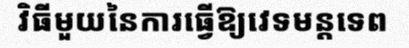
វិធីមួយនៃការធ្វើឱ្យវេទមន្តទេព